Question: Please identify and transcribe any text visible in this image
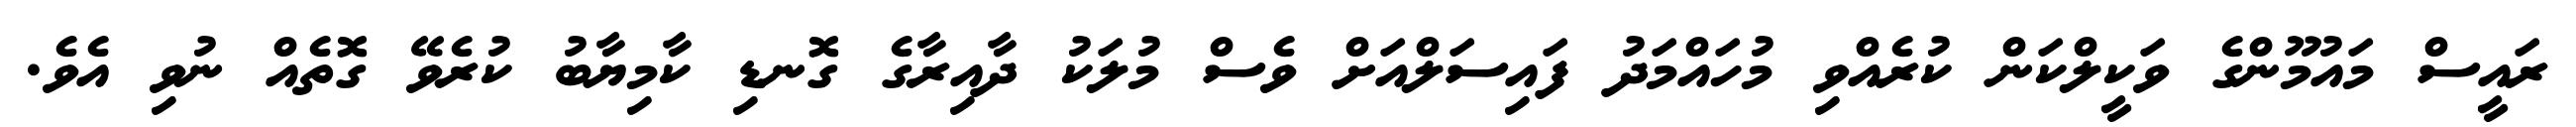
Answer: ރައީސް މައުމޫންގެ ވަކީލްކަން ކުރެއްވި މުހައްމަދު ފައިސަލްއަށް ވެސް މުލަކު ދާއިރާގެ ގޮނޑި ކާމިޔާބު ކުރެވޭ ގޮތެއް ނުވި އެވެ.